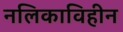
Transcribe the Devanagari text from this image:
नलिकाविहीन